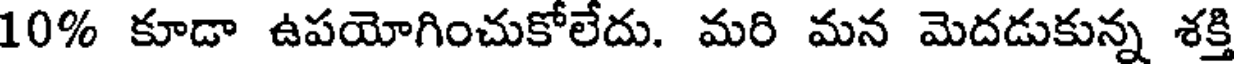
10% కూడా ఉపయోగించుకోలేదు. మరి మన మెదడుకున్న శక్తి